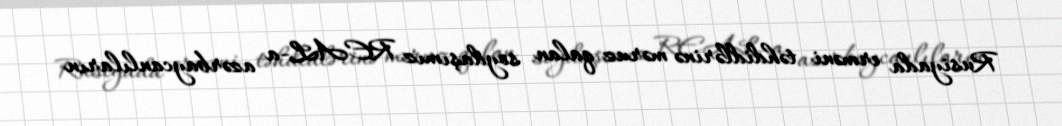
Rusiyada erməni təhdidlərinə məruz qalan soydaşımız REAL-a azərbaycanlıların